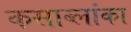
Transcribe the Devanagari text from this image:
कसाब्लांका